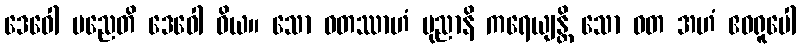
ဒေဝေါ မညေတိ ဒေဝေါ ဝိယ။ သော ဝတဿာဟံ ပုညာနိ ကရေယျန္တိ သော ဝတ အဟံ ဧဝရူပေါ